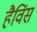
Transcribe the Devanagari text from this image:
हैविंस